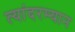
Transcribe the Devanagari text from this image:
त्यांदरम्यान